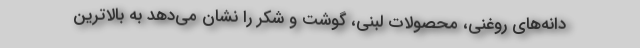
دانه‌های روغنی، محصولات لبنی، گوشت و شکر را نشان می‌دهد به بالاترین